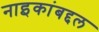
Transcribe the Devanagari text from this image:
नाइकांबद्दल